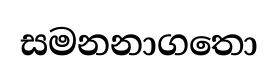
සමනනාගතො